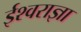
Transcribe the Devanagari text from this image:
ईश्वराज्ञा